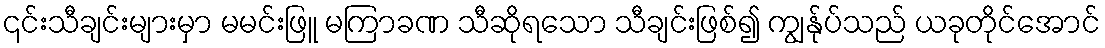
၎င်းသီချင်းများမှာ မမင်းဖြူ မကြာခဏ သီဆိုရသော သီချင်းဖြစ်၍ ကျွန်ုပ်သည် ယခုတိုင်အောင်